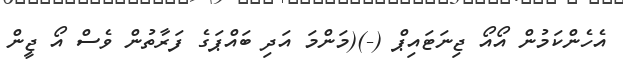
އެހެންކަމުން އޯއޯ ޖިނަޓައިޕް (-)(މަންމަ އަދި ބައްޕަގެ ފަރާތުން ވެސް އޯ ޖީން